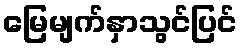
မြေမျက်နှာသွင်ပြင်